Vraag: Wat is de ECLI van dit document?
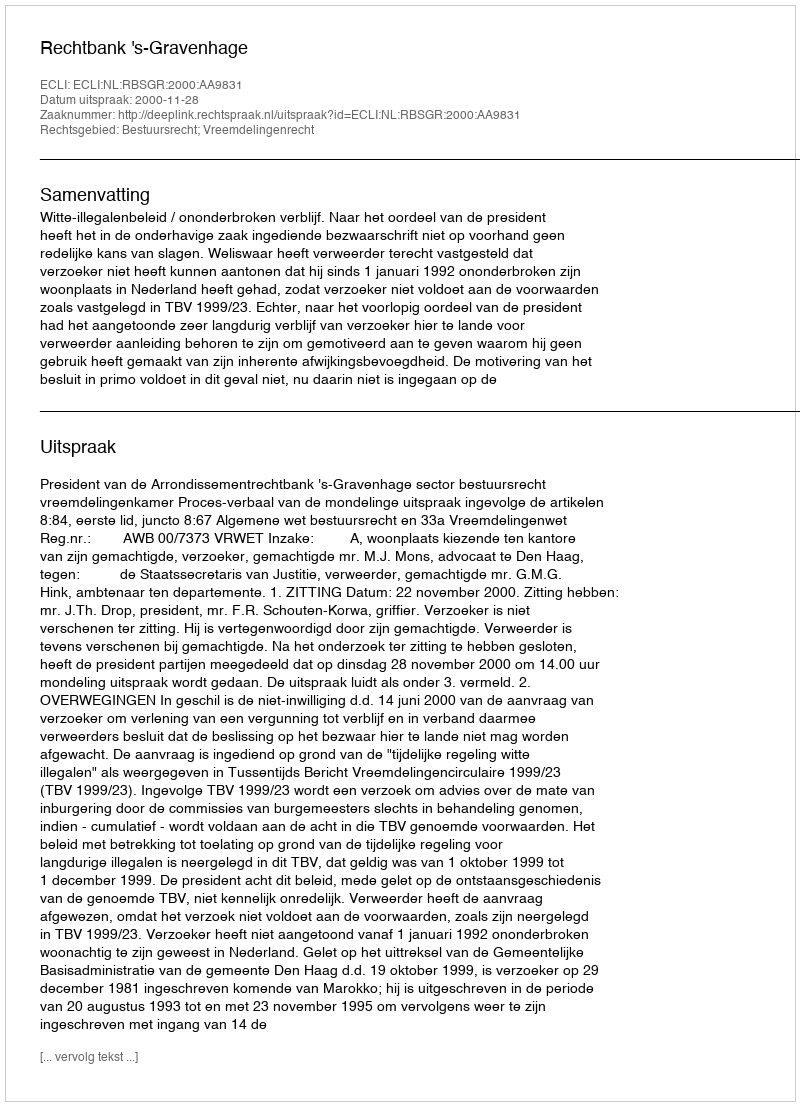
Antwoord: ECLI:NL:RBSGR:2000:AA9831